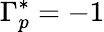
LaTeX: \Gamma_{p}^{*}=-1